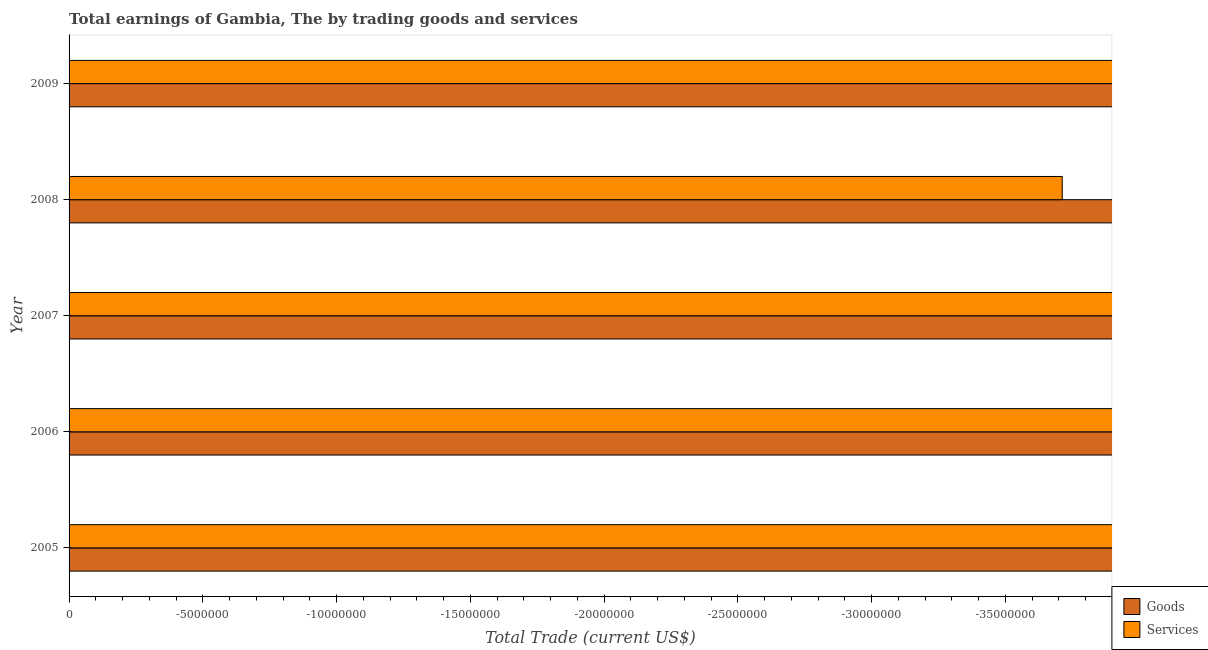
| Year | Goods | Services |
 | --- | --- | --- |
 | 2005 | -1.18e+08 | -8.3e+07 |
 | 2006 | -1.13e+08 | -1.15e+08 |
 | 2007 | -1.45e+08 | -1.04e+08 |
 | 2008 | -6.91e+07 | -3.71e+07 |
 | 2009 | -8.58e+07 | -6.41e+07 |